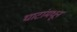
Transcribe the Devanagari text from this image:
घाटांमधून